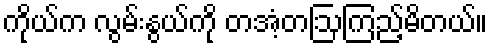
ကိုယ်က လွမ်းနွယ်ကို တအံ့တဩကြည့်မိတယ်။